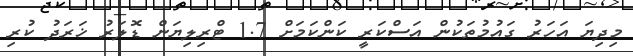
މިދިޔަ އަހަރު ގައުމުތަކުން އަސްކަރީ ކަންކަމަށް 1.7 ޓްރިލިޔަން ޑޮލަރު ޚަރަދު ކުރި